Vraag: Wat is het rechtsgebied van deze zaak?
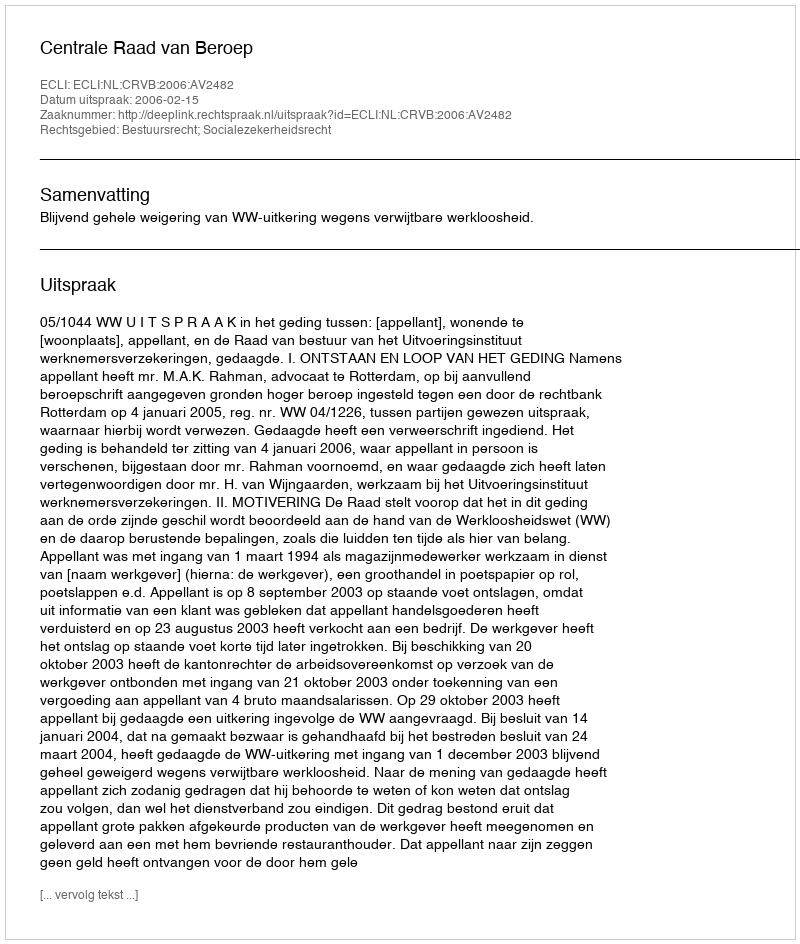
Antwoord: Bestuursrecht; Socialezekerheidsrecht